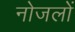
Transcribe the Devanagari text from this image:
नोजलों